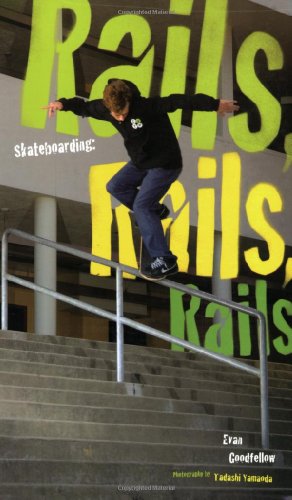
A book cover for Skateboarding: Rails, Rails, Rails; Evan Goodfellow; Sports & Outdoors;